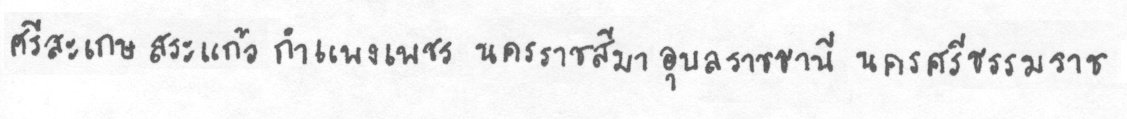
ศรีสะเกษสระแก้วกำแพงเพชรนครราชสีมาอุลราชธานีนครศรีธรรมราช